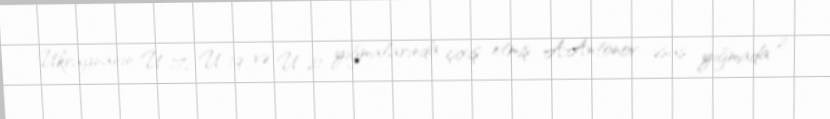
Ukraynanın U-17, U-19 və U-21 yığmalarında çıxış etmiş A.Antonov əsas yığmada 2